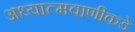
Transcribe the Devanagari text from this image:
अध्यात्मवाणीकडे